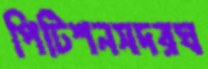
পিটিশনসদরঘ